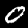
Label: 0